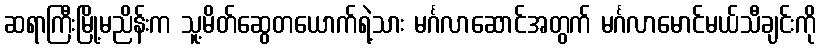
ဆရာကြီးမြို့မညိန်းက သူ့မိတ်ဆွေတယောက်ရဲ့သား မင်္ဂလာဆောင်အတွက် မင်္ဂလာမောင်မယ်သီချင်းကို